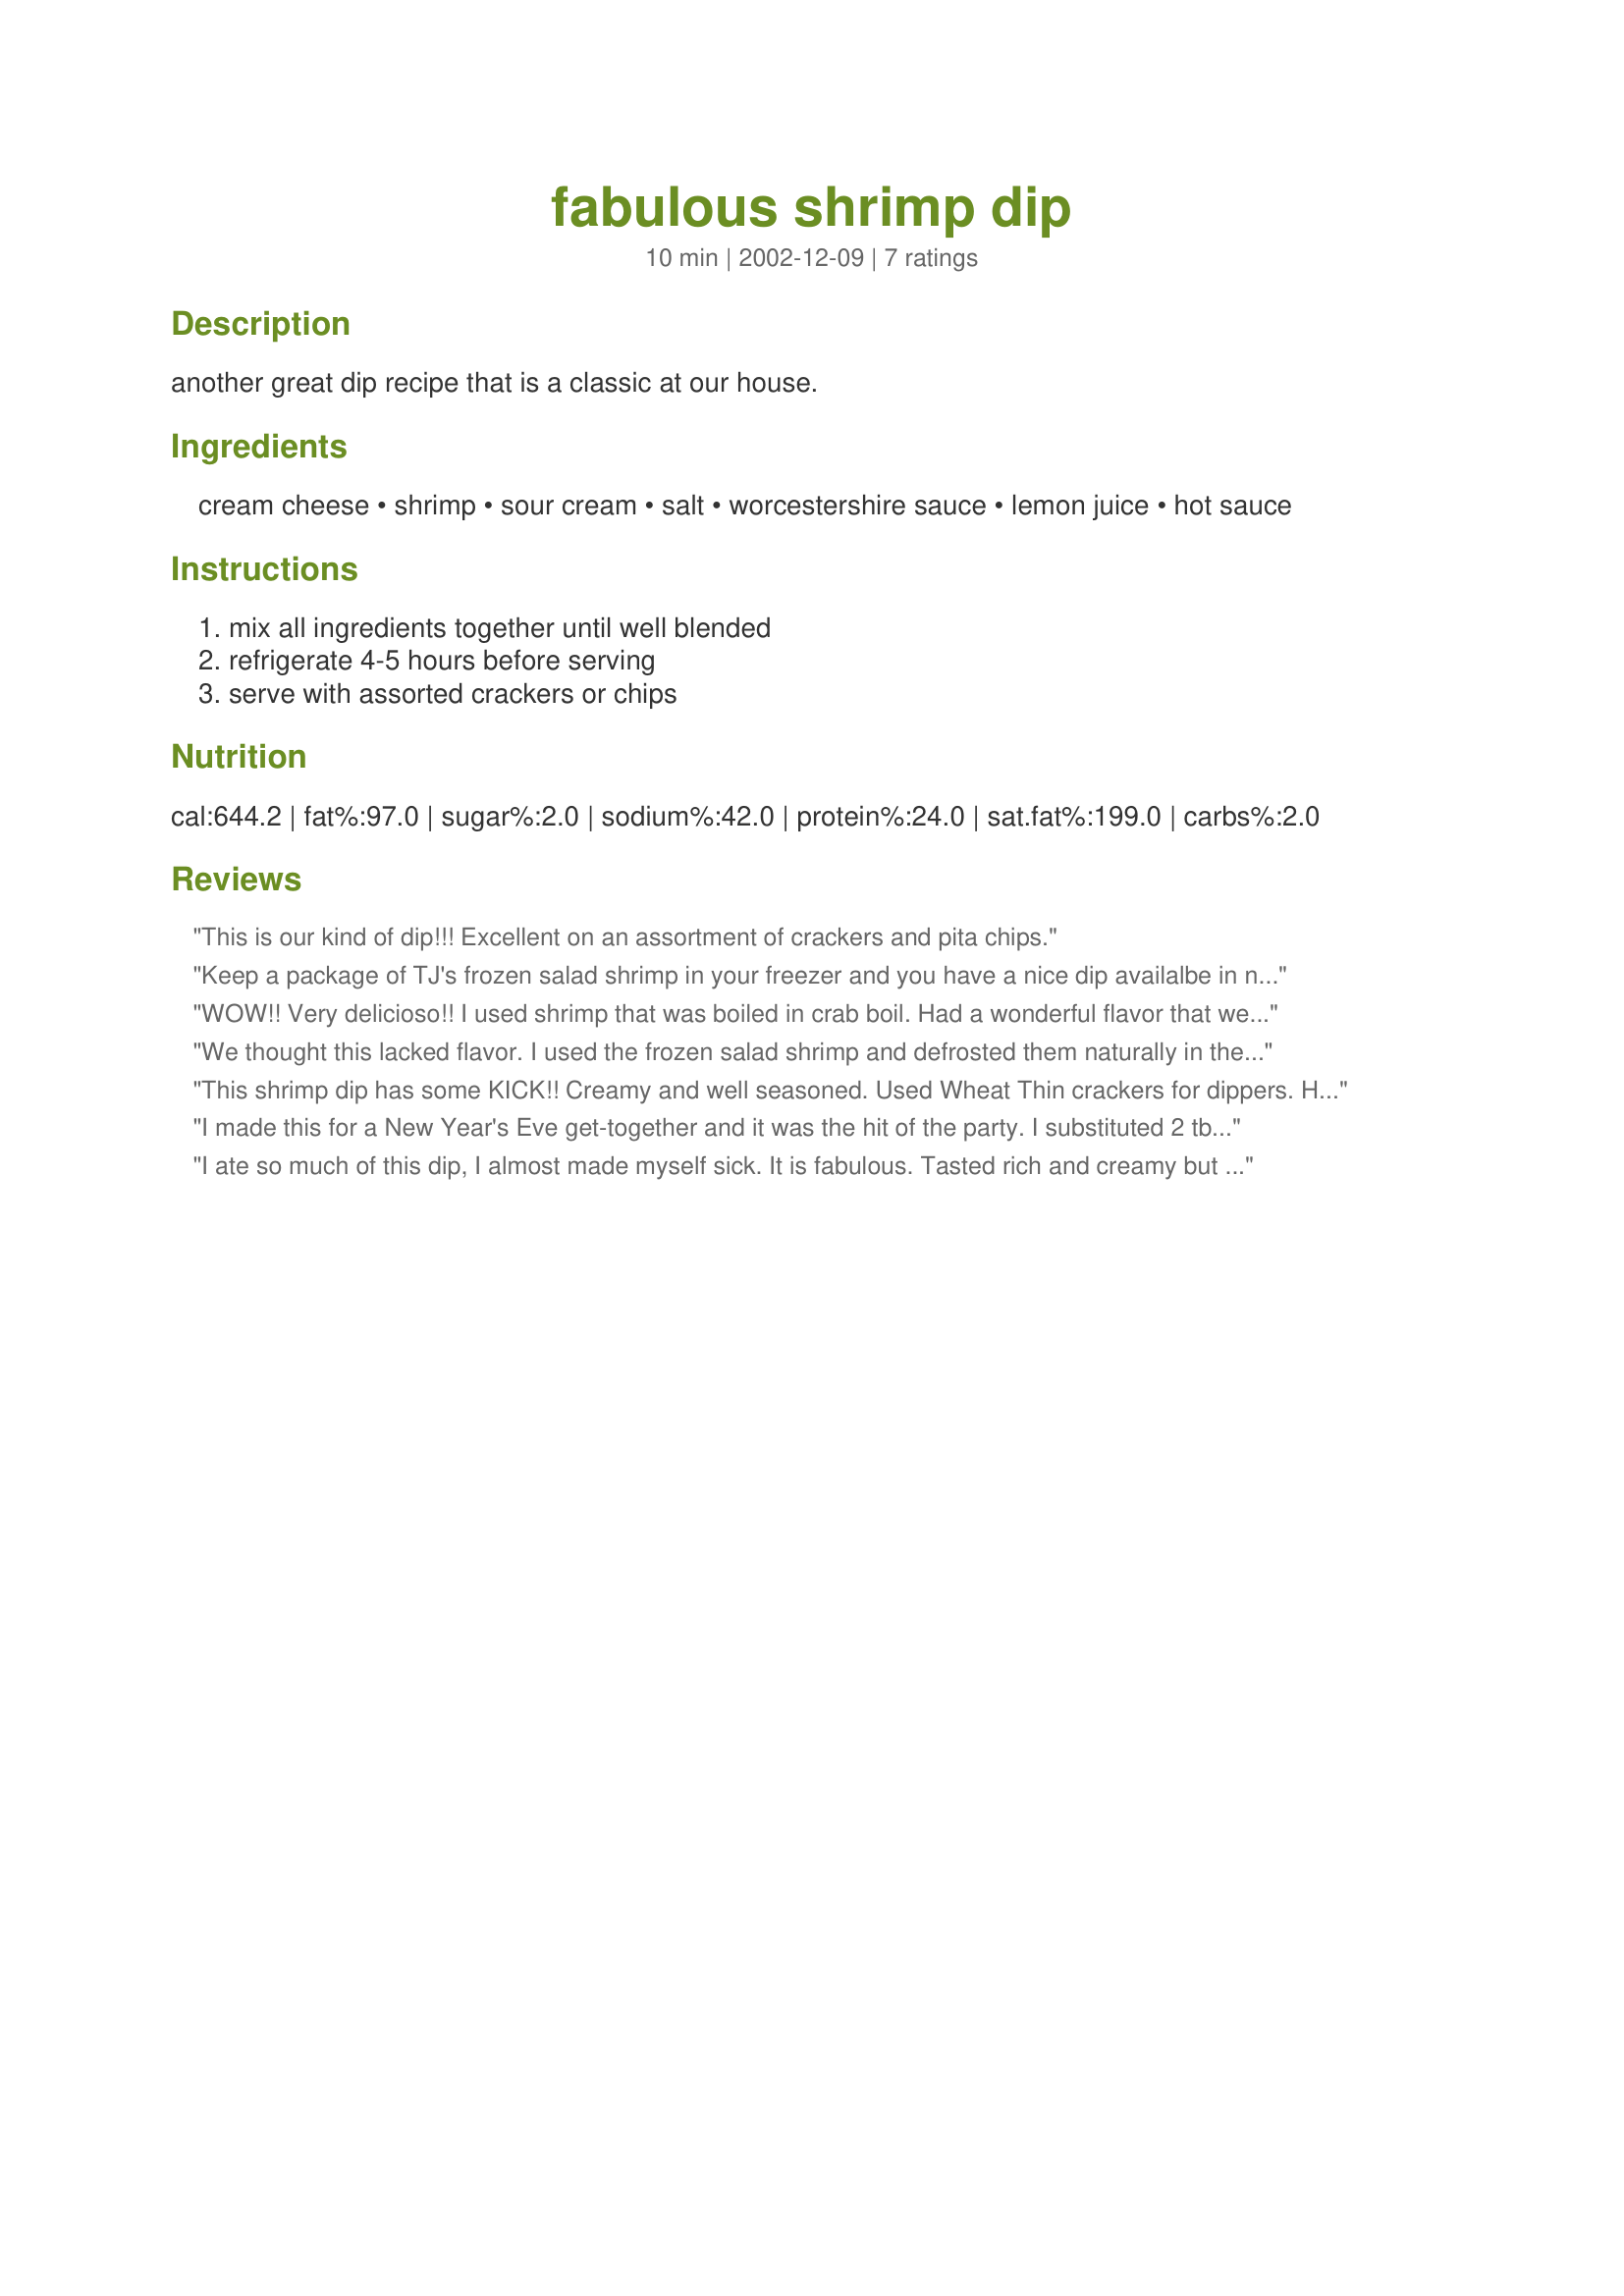
fabulous shrimp dip
Preparation time: 10 minutes

another great dip recipe that is a classic at our house.

Ingredients:
cream cheese, shrimp, sour cream, salt, worcestershire sauce, lemon juice, hot sauce

Steps:
mix all ingredients together until well blended, refrigerate 4-5 hours before serving, serve with assorted crackers or chips

Reviews:
This is our kind of dip!!! Excellent on an assortment of crackers and pita chips.
Keep a package of TJ's frozen salad shrimp in your freezer and you have a nice dip availalbe in no time using this recipe. I will use this recipe as a base in the future adding either a bit of grated onion or a heaping spoonfull of dill. Good basic recipe.
WOW!! Very delicioso!! I used shrimp that was boiled in crab boil. Had a wonderful flavor that went well with the cream cheese and sour cream I served with crackers. A grand slam hit with us. Thank you Nurse Di.
We thought this lacked flavor. I used the frozen salad shrimp and defrosted them naturally in the refrigerator. I used 2 1/2 cups of shrimp. .. otherwise I followed the recipe.
This shrimp dip has some KICK!! Creamy and well seasoned. Used Wheat Thin crackers for dippers. Hard to stop eating it once you get started. An A+ recipe. Thanks Nurse Di.
I made this for a New Year's Eve get-together and it was the hit of the party. I substituted 2 tbs mayonnaise and 2 tbs strained Greek style yoghurt for the sour cream as it is difficult to find here. I also added a little finely chopped spring onion. A wonderful delicious dip.
I ate so much of this dip, I almost made myself sick. It is fabulous. Tasted rich and creamy but sort of spicy, too. Perfect with Escort crackers. Must get more shrimp so I can make it again. Thanks for the recipe.
